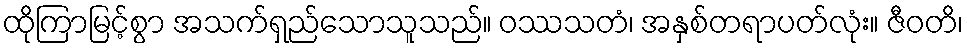
ထိုကြာမြင့်စွာ အသက်ရှည်သောသူသည်။ ဝဿသတံ၊ အနှစ်တရာပတ်လုံး။ ဇီဝတိ၊